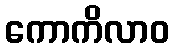
ကောကိလာဝ